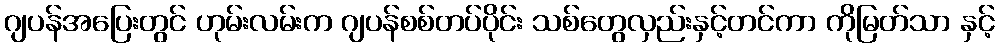
ဂျပန်အပြေးတွင် ဟုမ်းလမ်းက ဂျပန်စစ်တပ်ပိုင်း သစ်တွေလှည်းနှင့်တင်ကာ ကိုမြတ်သာ နှင့်